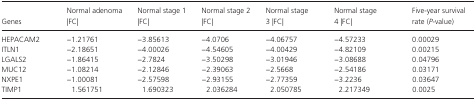
<table><thead><tr><td><b>Genes</b></td><td><b>Normal adenoma |FC|</b></td><td><b>Normal stage 1 |FC|</b></td><td><b>Normal stage 2 |FC|</b></td><td><b>Normal stage 3 |FC|</b></td><td><b>Normal stage 4 |FC|</b></td><td><b>Five‐year survival rate (<i>P</i>‐value)</b></td></tr></thead><tbody><tr><td>HEPACAM2</td><td>−1.21761</td><td>−3.85613</td><td>−4.0706</td><td>−4.06757</td><td>−4.57233</td><td>0.00029</td></tr><tr><td>ITLN1</td><td>−2.18651</td><td>−4.00026</td><td>−4.54605</td><td>−4.00429</td><td>−4.82109</td><td>0.00215</td></tr><tr><td>LGALS2</td><td>−1.86415</td><td>−2.7824</td><td>−3.50298</td><td>−3.01946</td><td>−3.08688</td><td>0.04796</td></tr><tr><td>MUC12</td><td>−1.08214</td><td>−2.12846</td><td>−2.39063</td><td>−2.5668</td><td>−2.54186</td><td>0.03171</td></tr><tr><td>NXPE1</td><td>−1.00081</td><td>−2.57598</td><td>−2.93155</td><td>−2.77359</td><td>−3.2236</td><td>0.03647</td></tr><tr><td>TIMP1</td><td>1.561751</td><td>1.690323</td><td>2.036284</td><td>2.050785</td><td>2.217349</td><td>0.0025</td></tr></tbody></table>